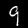
Label: 9